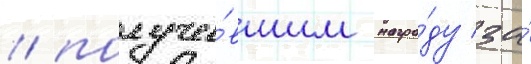
/ получи́вшим награ́ду за́